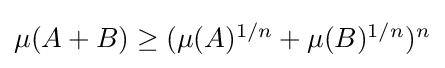
{\textstyle \mu (A+B)\geq (\mu (A)^{1/n}+\mu (B)^{1/n})^{n}}